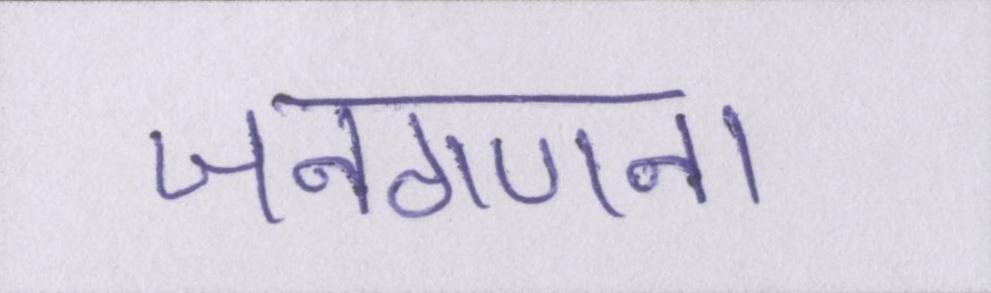
जनगणना